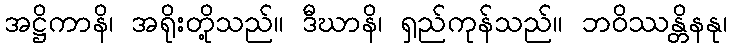
အဋ္ဌိကာနိ၊ အရိုးတို့သည်။ ဒီဃာနိ၊ ရှည်ကုန်သည်။ ဘဝိဿန္တိနနု၊